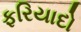
ફરિયાદો